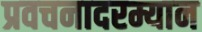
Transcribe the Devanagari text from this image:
प्रवचनादरम्यान